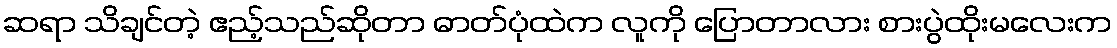
ဆရာ သိချင်တဲ့ ဧည့်သည်ဆိုတာ ဓာတ်ပုံထဲက လူကို ပြောတာလား စားပွဲထိုးမလေးက